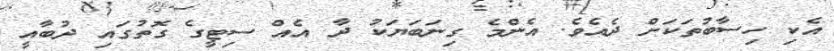
އެކި ހިސާބުތަކަށް ދެއެވެ. އެންމެ ގިނަބަޔަކު ދާ އެއް ސިޓީގެ ގޮތުގައި ދުބާއީ